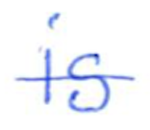
Text: is
Cross-out: mix
Writing tool: ballpoint